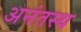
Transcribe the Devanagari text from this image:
अनंतस्थ